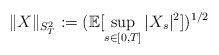
\begin{align*} \|X\|_{S_T^2}:= (\mathbb{E}[\sup_{s\in[0,T]}|X_s|^2])^{1/2}\end{align*}